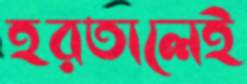
হরতালেই